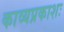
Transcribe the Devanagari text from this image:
काव्यप्रकाशः